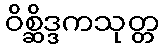
ဝိစ္ဆိဒ္ဒကသုတ္တ